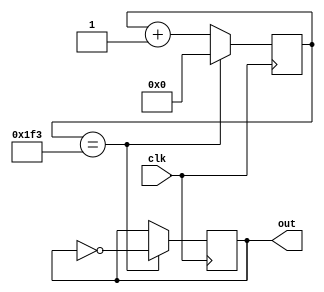
module clk_slow(
	input clk,
	output reg out
);

reg [15:0] cnt;

always @ (posedge clk) begin
	if (cnt == 499) begin
		out <= ~out;
		cnt <= 0;
	end
	else begin
		cnt <= cnt + 1;
	end
end

endmodule